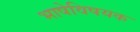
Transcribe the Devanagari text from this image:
भाषेविषयक